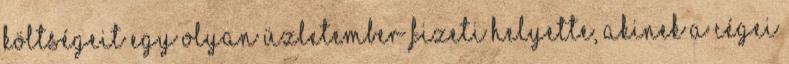
költségeit egy olyan üzletember fizeti helyette, akinek a cégei